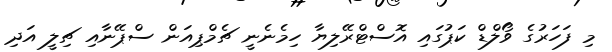
މި ފަހަރުގެ ވޯލްޑް ކަޕުގައި އޮސްޓްރޭލިޔާ ހިމެނެނީ ޗެމްޕިއަން ސްޕޭނާއި ޗިލީ އަދި